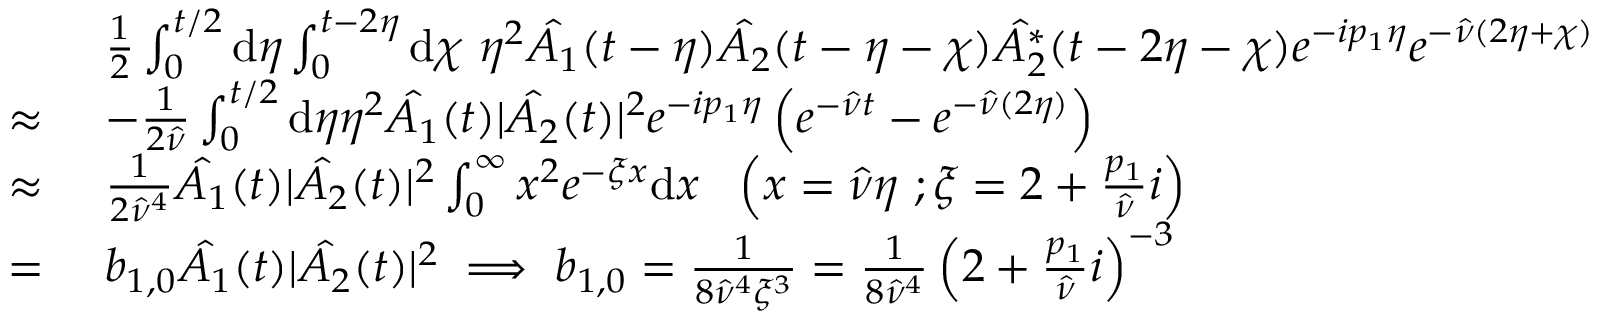
\begin{array} { r l } & { \frac { 1 } { 2 } \int _ { 0 } ^ { t / 2 } \mathrm { d } \eta \int _ { 0 } ^ { t - 2 \eta } \mathrm { d } \chi \ \eta ^ { 2 } \hat { A _ { 1 } } ( t - \eta ) \hat { A _ { 2 } } ( t - \eta - \chi ) \hat { A _ { 2 } ^ { * } } ( t - 2 \eta - \chi ) e ^ { - i p _ { 1 } \eta } e ^ { - \hat { \nu } ( 2 \eta + \chi ) } } \\ { \approx \ } & { - \frac { 1 } { 2 \hat { \nu } } \int _ { 0 } ^ { t / 2 } \mathrm { d } \eta \eta ^ { 2 } \hat { A _ { 1 } } ( t ) | \hat { A _ { 2 } } ( t ) | ^ { 2 } e ^ { - i p _ { 1 } \eta } \left( e ^ { - \hat { \nu } t } - e ^ { - \hat { \nu } ( 2 \eta ) } \right) } \\ { \approx \ } & { \frac { 1 } { 2 \hat { \nu } ^ { 4 } } \hat { A _ { 1 } } ( t ) | \hat { A _ { 2 } } ( t ) | ^ { 2 } \int _ { 0 } ^ { \infty } x ^ { 2 } e ^ { - \xi x } \mathrm { d } x \ \ \left( x = \hat { \nu } \eta \ ; \xi = 2 + \frac { p _ { 1 } } { \hat { \nu } } i \right) } \\ { = \ } & { b _ { 1 , 0 } \hat { A _ { 1 } } ( t ) | \hat { A _ { 2 } } ( t ) | ^ { 2 } \implies b _ { 1 , 0 } = \frac { 1 } { 8 \hat { \nu } ^ { 4 } \xi ^ { 3 } } = \frac { 1 } { 8 \hat { \nu } ^ { 4 } } \left( 2 + \frac { p _ { 1 } } { \hat { \nu } } i \right) ^ { - 3 } } \end{array}